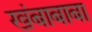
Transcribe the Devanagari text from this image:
खंबाबाबा